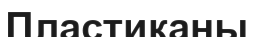
Пластиканы